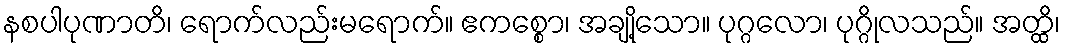
နစပါပုဏာတိ၊ ရောက်လည်းမရောက်။ ဧကစ္စော၊ အချို့သော။ ပုဂ္ဂလော၊ ပုဂ္ဂိုလသည်။ အတ္ထိ၊